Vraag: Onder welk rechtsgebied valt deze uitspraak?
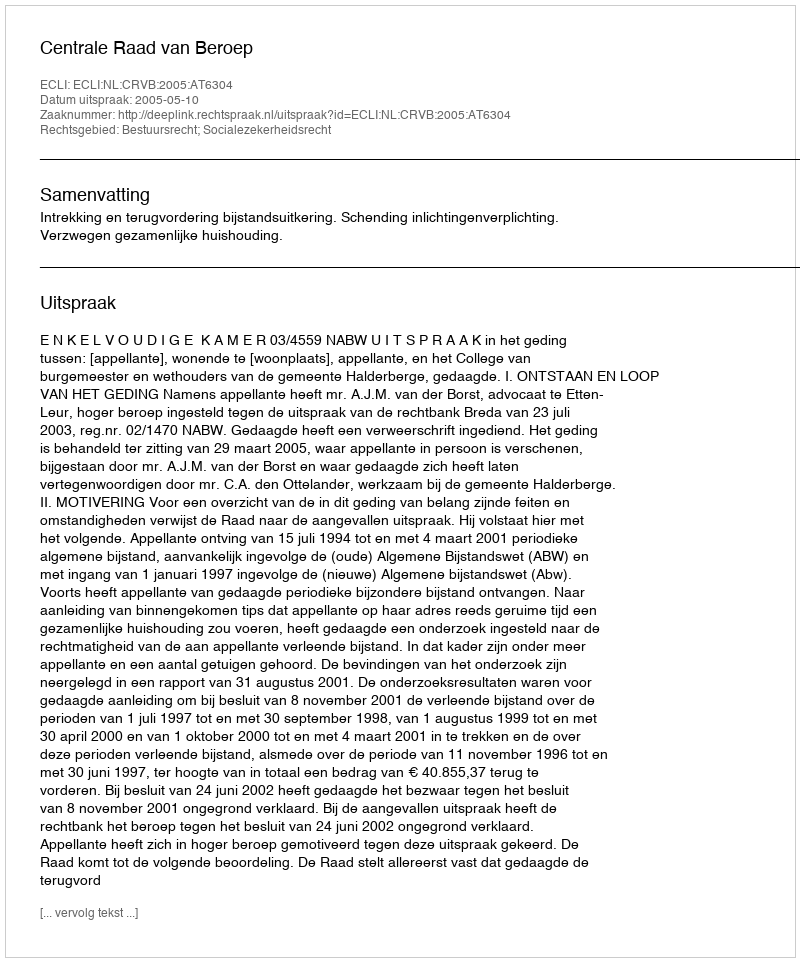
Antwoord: Bestuursrecht; Socialezekerheidsrecht